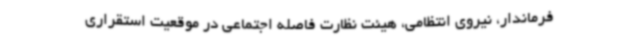
فرماندار، نیروی انتظامی، هیئت نظارت فاصله اجتماعی در موقعیت استقراری